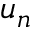
u _ { n }